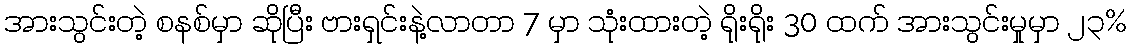
အားသွင်းတဲ့ စနစ်မှာ ဆိုပြီး ဗားရှင်းနဲ့လာတာ 7 မှာ သုံးထားတဲ့ ရိုးရိုး 30 ထက် အားသွင်းမှုမှာ ၂၃%